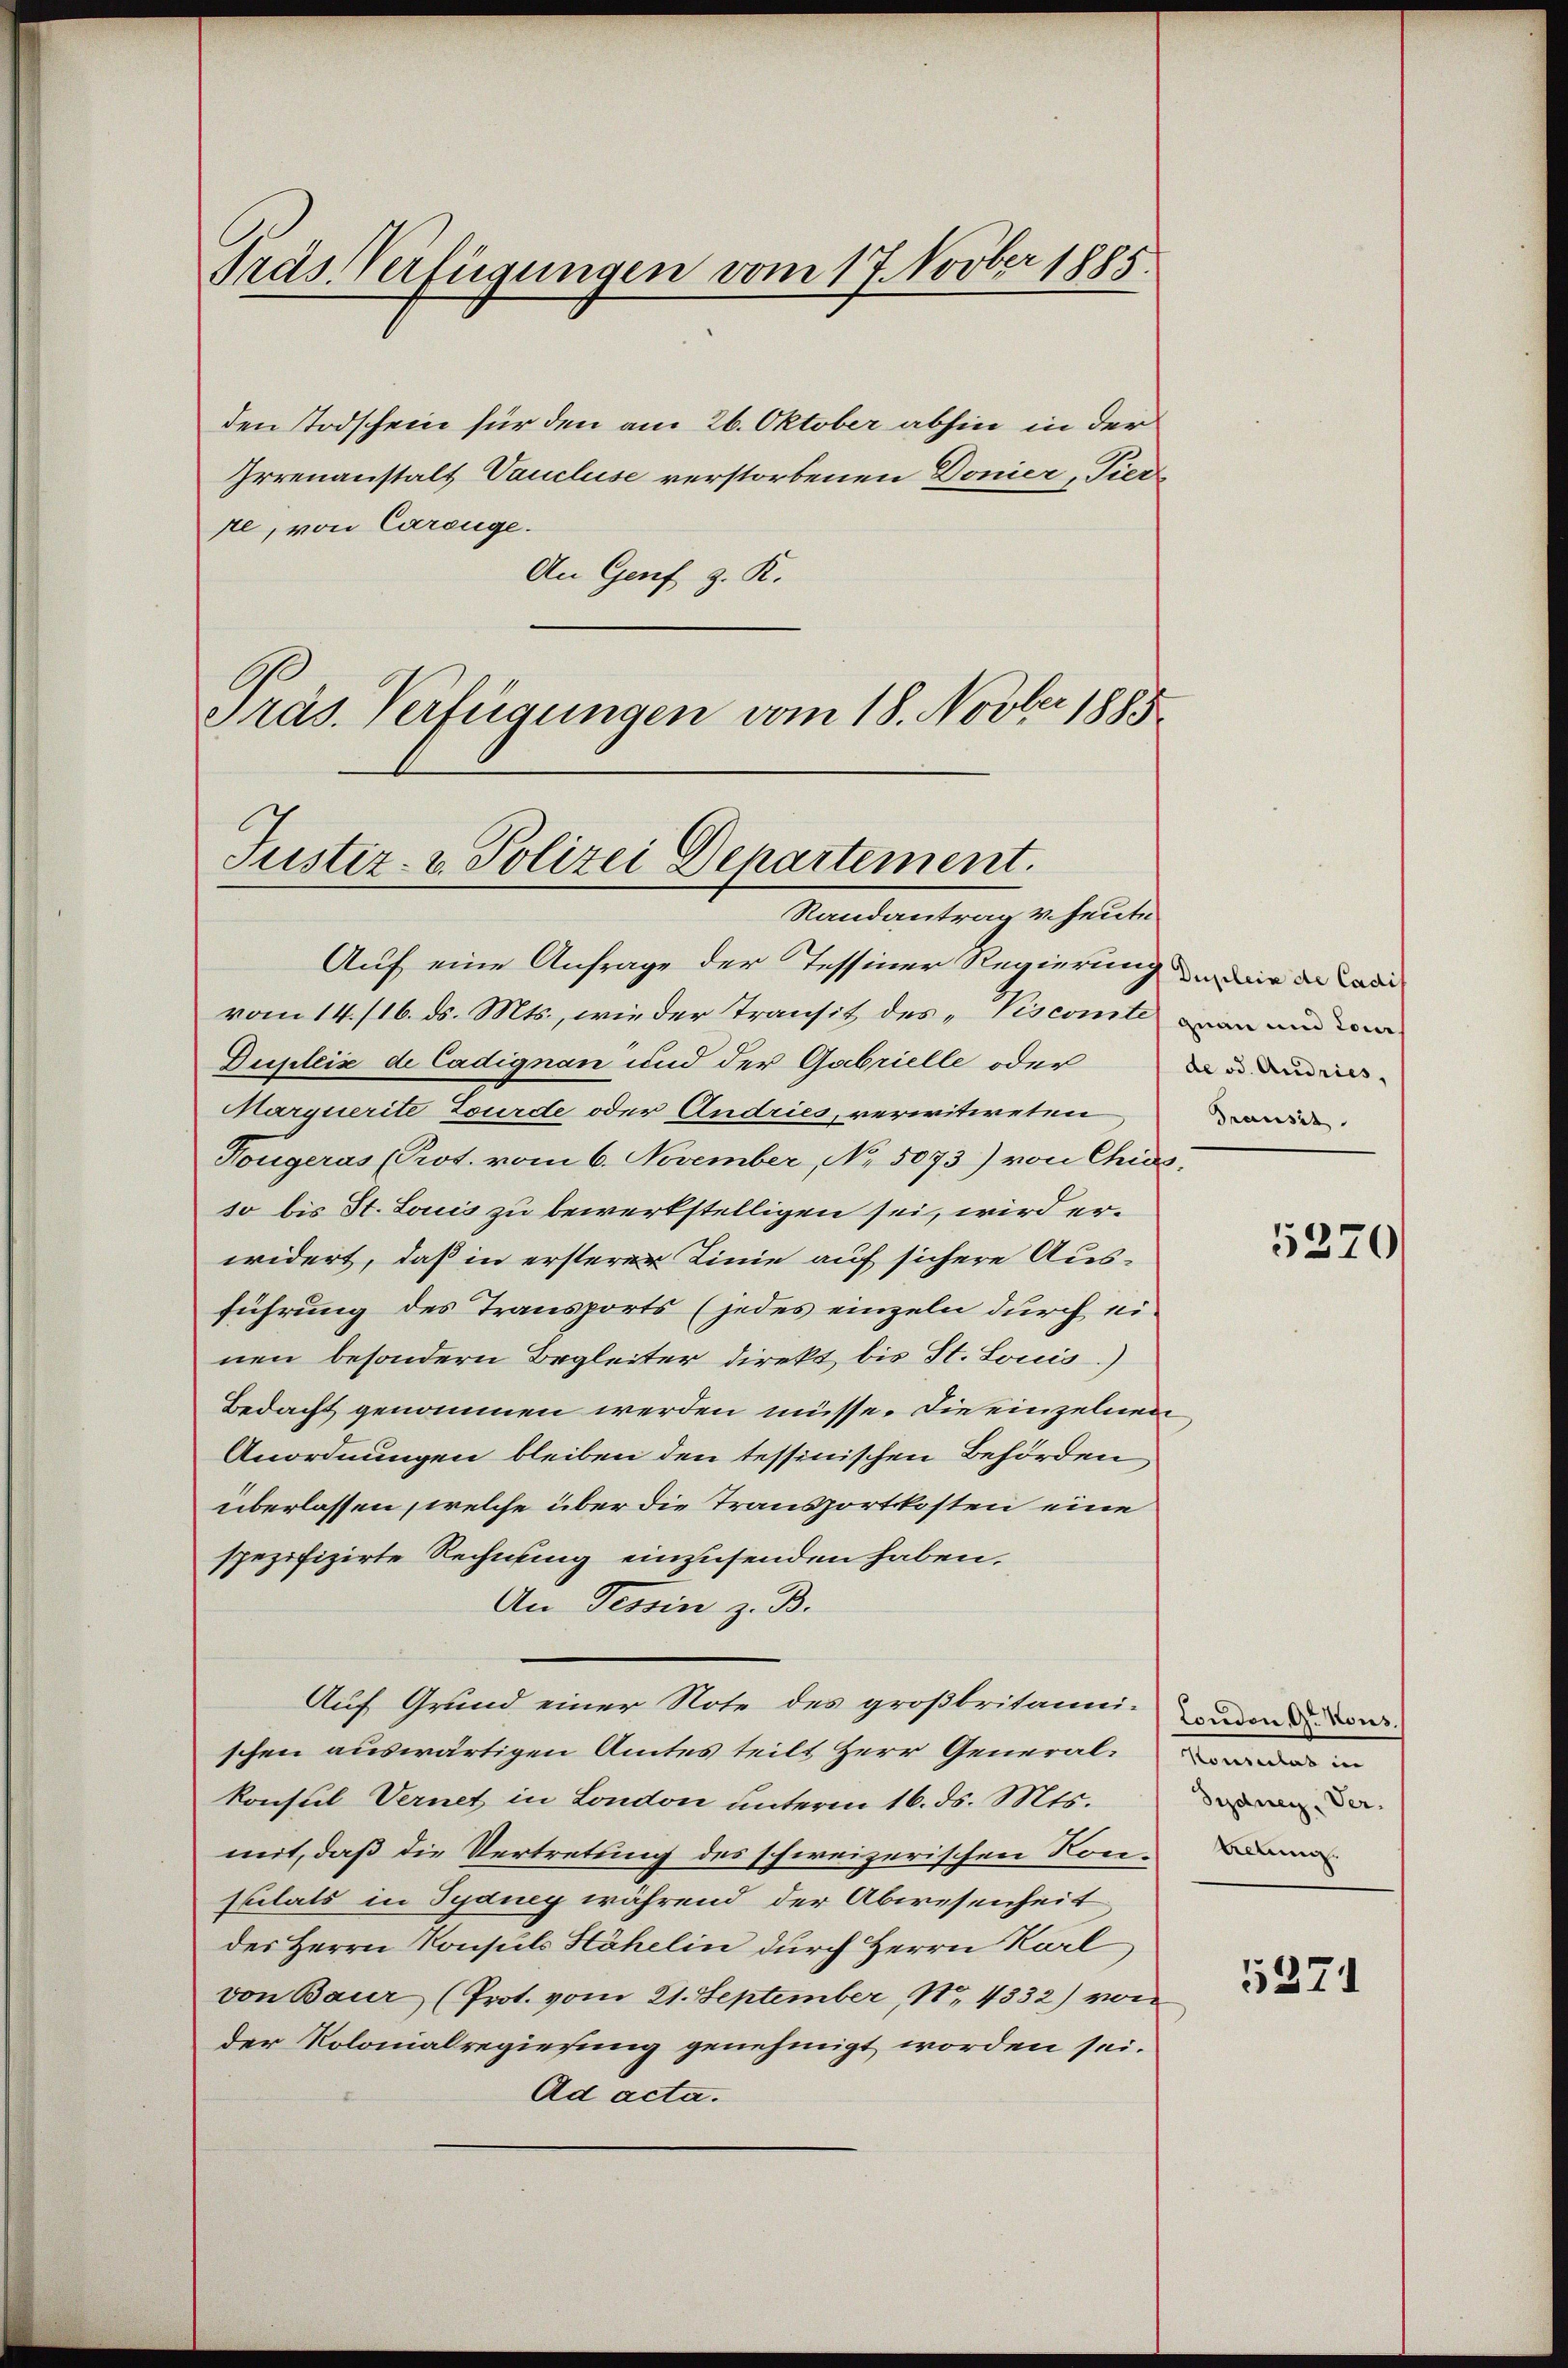
Pras Verfügungen vom 17. Novber 1885.

den Todschein für den am 26. Oktober abhin in der
Irrenanstalt Vaucluse verstorbenen Donier Tier
re, von Carsüge.
An Genf z. K.
Präs. Verfügungen vom 18. Novber 1885

Justiz- & Polizei Departement.
Randantrag v. heute

Auf eine Anfrage der Tessiner Regierung wir da Ladi
vom 14. /16. ds. Mts., wieder Transit des „Visconte an an
Dupleix de Cadignan und der Gabrielle oder Deduni-
Marquerite Tourde oder Andries, verwitweten
Tongeras (Prot. vom 6. November, No. 5073) von Chias,
so bis St. Louis zu bewerkstelligen sei, wird erwidert, daß in ersterer Linie auf sichere Ausführung des Transports (jedes einzeln durch einen besondern Begleiter direkt bis St. Louis.)
Bedacht genommen werden müsse. Die einzelnen
Anordnungen bleiben den tessinischen Behörden
überlassen, welche über die Transportskosten eine
spezifizirte Rechnung einzusenden haben.
An Tessin z. B.
Auf Grund einer Note des großbritanni das von
schen auswärtigen Amtes teilt Herr Generalkonsul Vernet in London unterm 16. ds. Mts.
mit, daß die Vertretung des schweizerischen Kon-Bauma
sulats in Sydney während der Abwesenheit
des Herrn Konsuls Hähelin durch Herrn Karl
von Baur (Prot. vom 21. September, No. 4332) von
der Kolonialregierung genehmigt worden sei.
Ad acta.

Transit

5370

Sydney Ver¬

5371